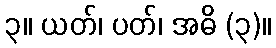
၃။ ယတ်၊ ပတ်၊ အဓိ (၃)။